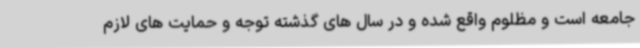
جامعه است و مظلوم واقع شده و در سال های گذشته توجه و حمایت های لازم